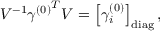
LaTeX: V ^ { - 1 } { \gamma ^ { ( 0 ) } } ^ { T } V = \left[ \gamma _ { i } ^ { ( 0 ) } \right] _ { \mathrm { d i a g } } ,